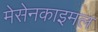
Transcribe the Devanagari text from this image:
मेसेनकाइमल